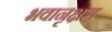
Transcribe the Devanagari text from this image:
भवानृक्षरा